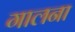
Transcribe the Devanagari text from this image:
गालना